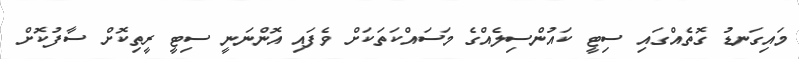
މައިގަނޑު ގޮތެއްގައި ސިޓީ ކައުންސިލެއްގެ މަސައްކަތަކަށް ވެފައި އޮންނަނީ ސިޓީ ރީތިކޮށް ސާފުކޮށް